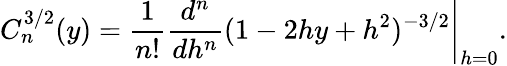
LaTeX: C_{n}^{3/2}(y)=\left.\frac{1}{n!}\frac{d^{n}}{dh^{n}}(1-2hy+h^{2})^{-3/2}\right|_{h=0}.